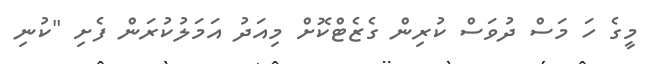
މީގެ ހަ މަސް ދުވަސް ކުރިން ގެޒެޓްކޮށް މިއަދު އަމަލުކުރަން ފެށި "ކުނި